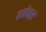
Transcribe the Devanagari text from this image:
रूबेक्स